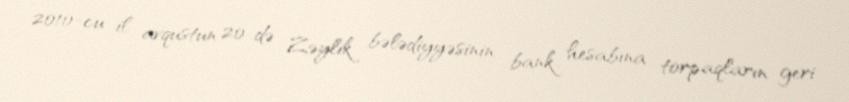
2010-cu il avqustun 20-də Zəylik bələdiyyəsinin bank hesabına torpaqların geri